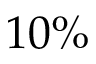
1 0 \%